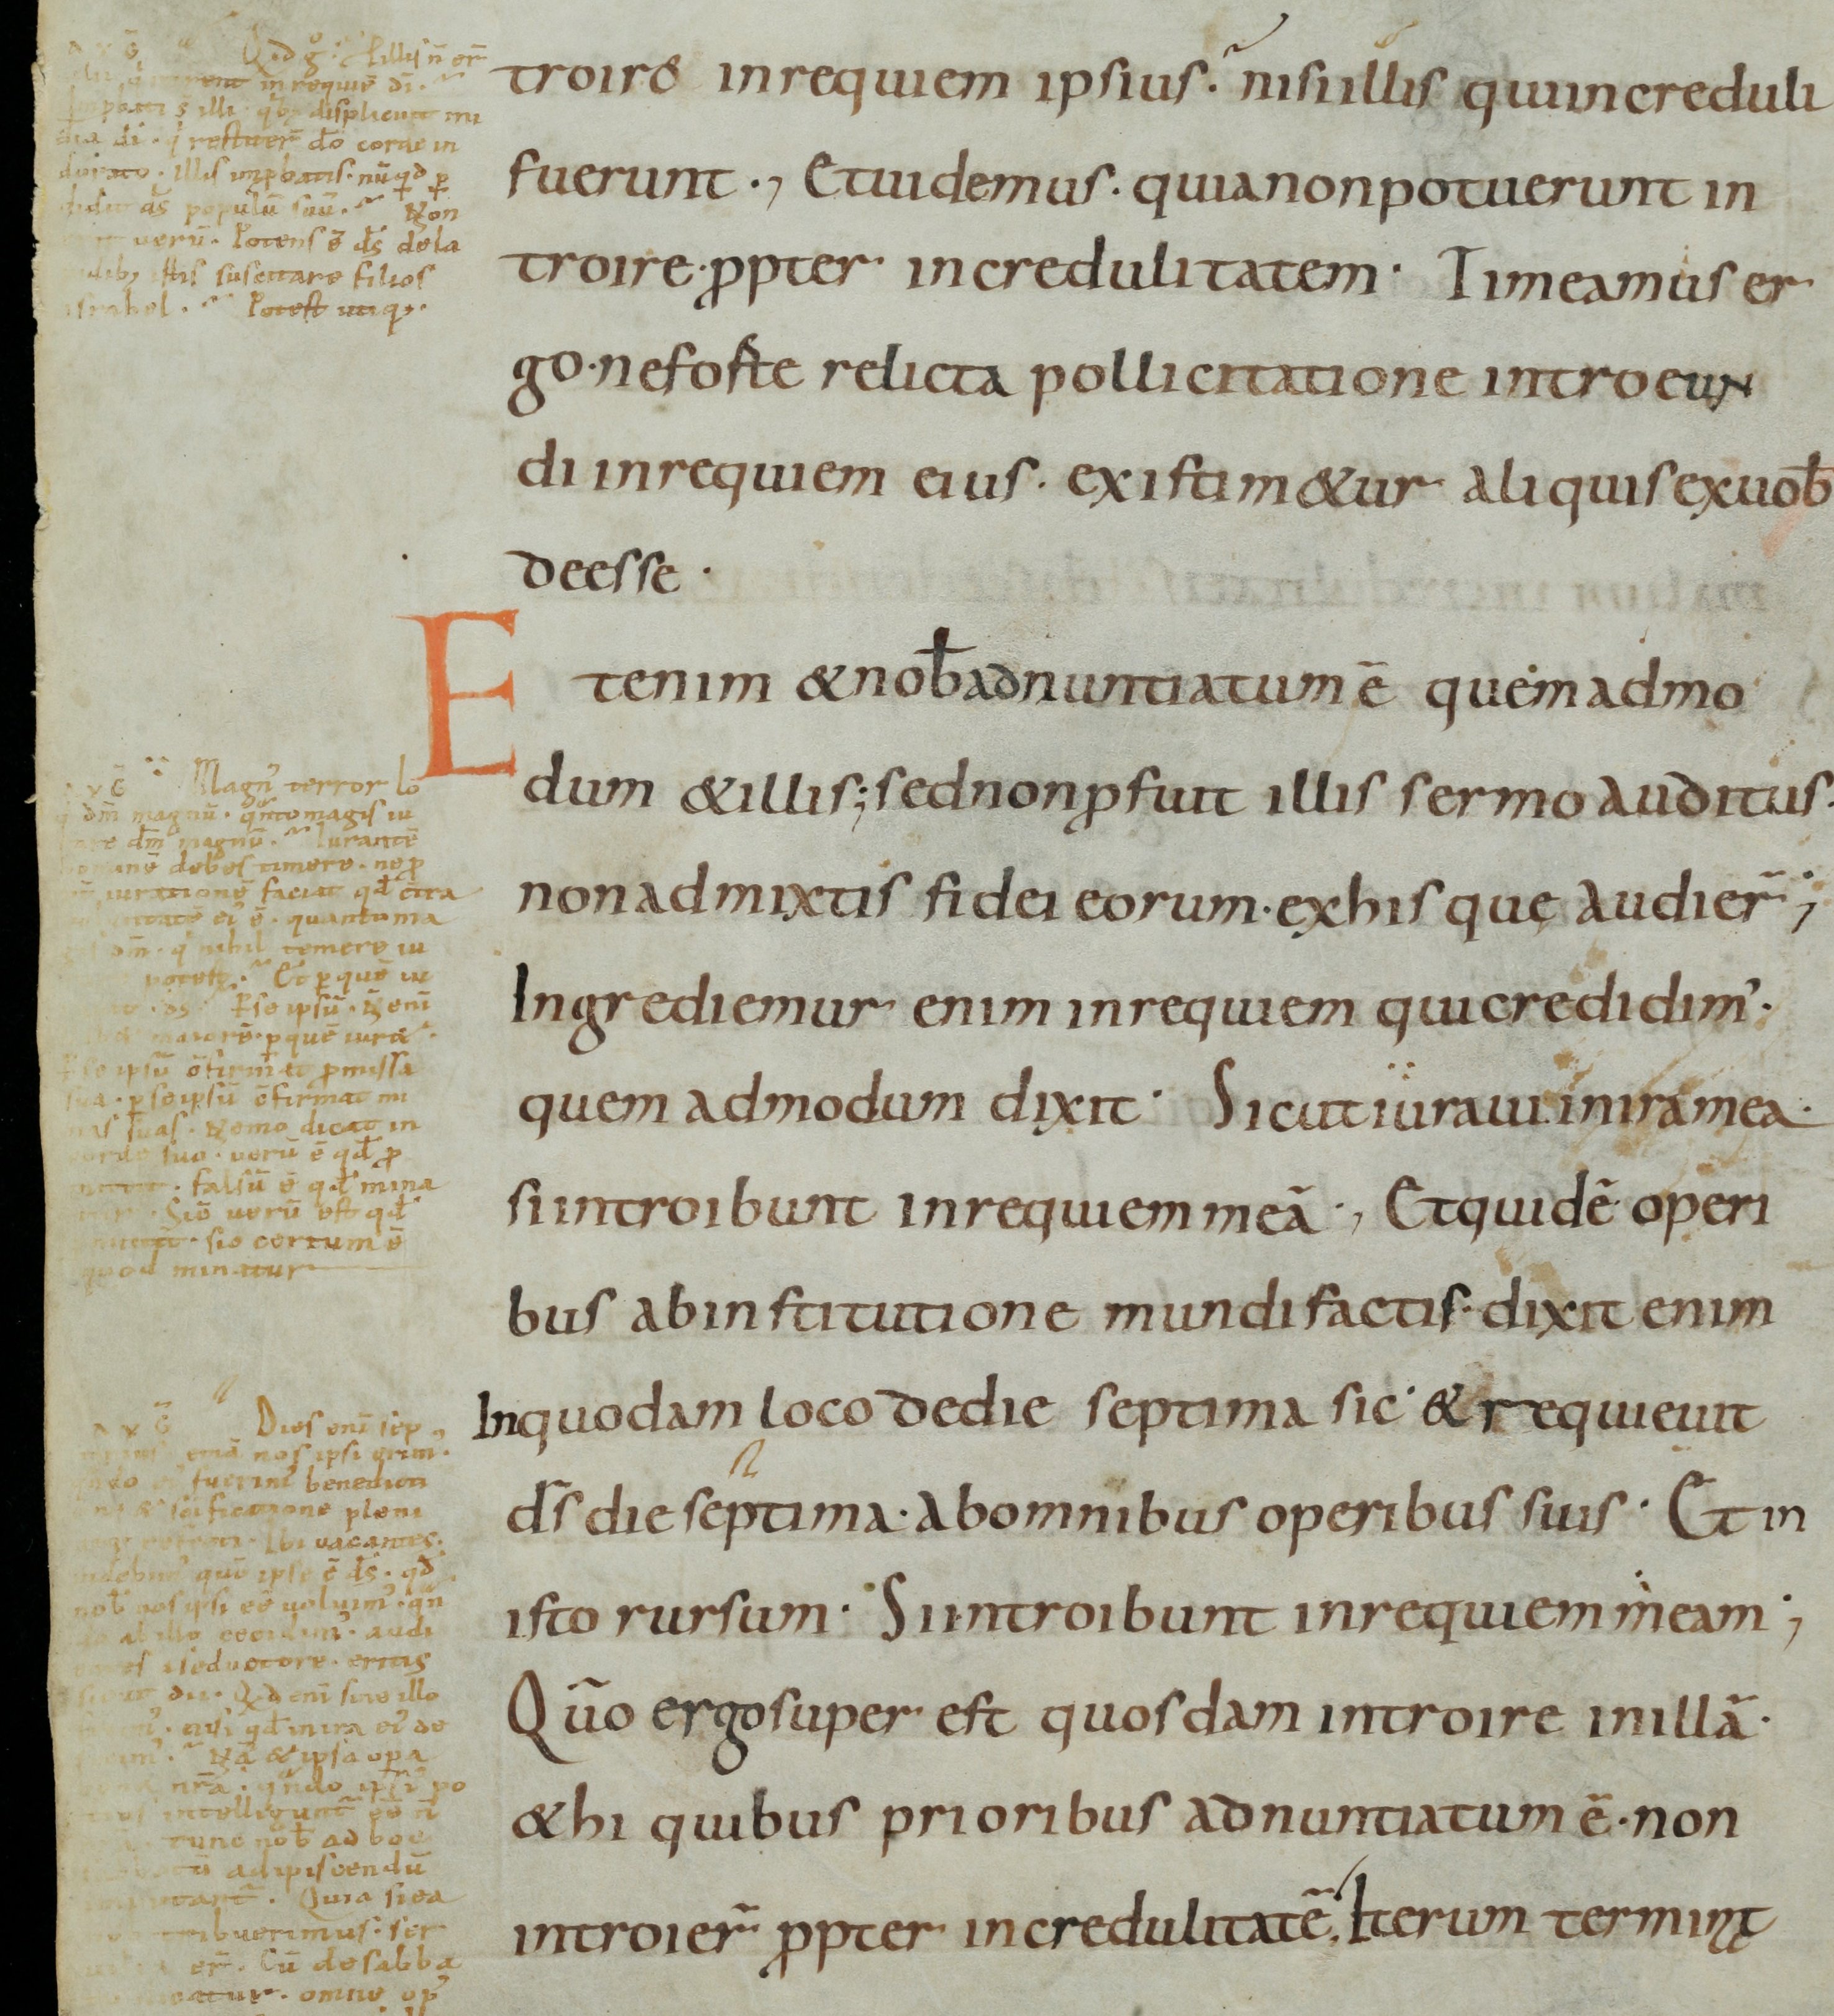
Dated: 800–899